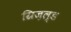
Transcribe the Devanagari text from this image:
ग्रिज़ल्ड